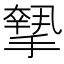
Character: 𢴷